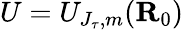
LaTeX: U=U_{J_{\tau},m}(\mathbf{R}_{0})